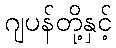
ဂျပန်တို့နှင့်